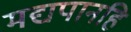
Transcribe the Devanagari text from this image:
मद्यपानहि